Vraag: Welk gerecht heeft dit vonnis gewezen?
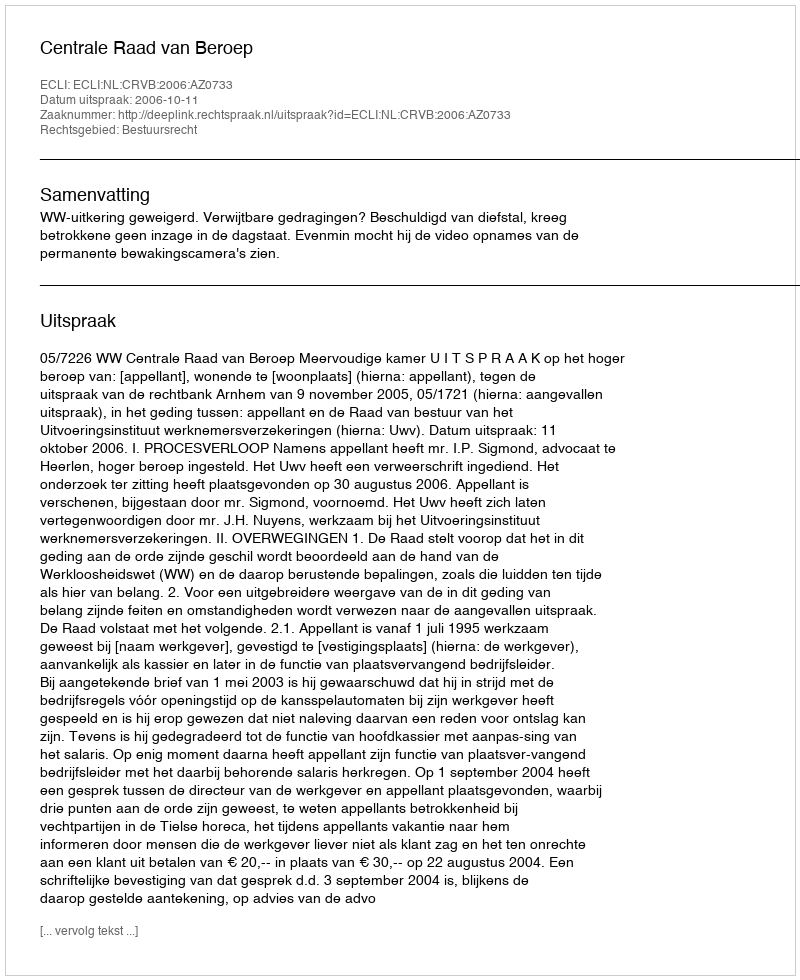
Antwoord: Centrale Raad van Beroep